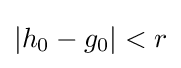
|h_{0}-g_{0}|<r